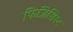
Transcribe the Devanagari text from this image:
फिजिसिस्ट